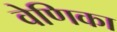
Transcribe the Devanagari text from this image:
वेणिका